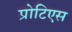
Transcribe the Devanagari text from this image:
प्रोटिएस